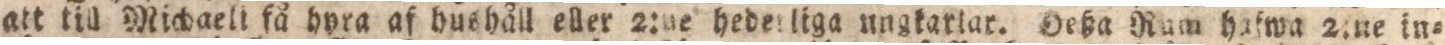
att till Michaeli få hyra af hushåll eller 2:ne hedeiliga ungkarlar. Deßa Rum hafwa 2.ne in=